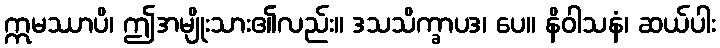
ဣမဿာပိ၊ ဤအမျိုးသား၏လည်း။ ဒသသိက္ခာပဒ၊ ပေ။ နိဝါသနံ၊ ဆယ်ပါး